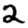
Digit: 2